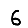
Digit: 6